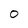
Character: O